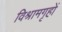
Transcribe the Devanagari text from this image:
विश्रामगृहों